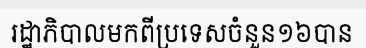
រដ្ឋាភិបាលមកពីប្រទេសចំនួន១៦បាន